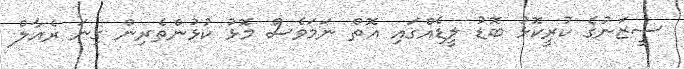
ސީޒަނުގެ ކުރީކޮޅު ބޮޑު ލީޑެއްގައި އޮތް ނަމަވެސް މޮޅު ކުޅުންތެރިން ގިނަ ރެއާލް